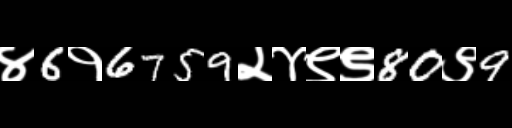
Text: ४6१6759२४९९80९9